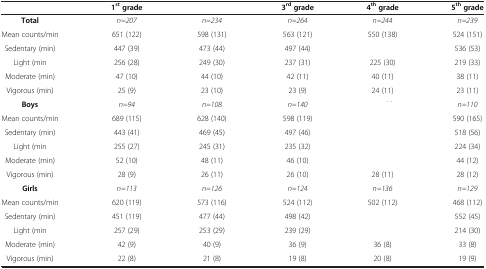
<table><thead><tr><td>[EMPTY_CELL]</td><td><b>1<sup>st</sup>grade</b></td><td>[EMPTY_CELL]</td><td><b>3<sup>rd</sup>grade</b></td><td><b>4<sup>th</sup>grade</b></td><td><b>5<sup>th</sup>grade</b></td></tr></thead><tbody><tr><td><b>Total</b></td><td><i>n=207</i></td><td><i>n=234</i></td><td><i>n=264</i></td><td><i>n=244</i></td><td><i>n=239</i></td></tr><tr><td>Mean counts/min</td><td>651 (122)</td><td>598 (131)</td><td>563 (121)</td><td>550 (138)</td><td>524 (151)</td></tr><tr><td>Sedentary (min)</td><td>447 (39)</td><td>473 (44)</td><td>497 (44)</td><td>[EMPTY_CELL]</td><td>536 (53)</td></tr><tr><td>Light (min</td><td>256 (28)</td><td>249 (30)</td><td>237 (31)</td><td>225 (30)</td><td>219 (33)</td></tr><tr><td>Moderate (min)</td><td>47 (10)</td><td>44 (10)</td><td>42 (11)</td><td>40 (11)</td><td>38 (11)</td></tr><tr><td>Vigorous (min)</td><td>25 (9)</td><td>23 (10)</td><td>23 (9)</td><td>24 (11)</td><td>23 (11)</td></tr><tr><td><b>Boys</b></td><td><i>n=94</i></td><td><i>n=108</i></td><td><i>n=140</i></td><td>[EMPTY_CELL]</td><td><i>n=110</i></td></tr><tr><td>Mean counts/min</td><td>689 (115)</td><td>628 (140)</td><td>598 (119)</td><td>[EMPTY_CELL]</td><td>590 (165)</td></tr><tr><td>Sedentary (min)</td><td>443 (41)</td><td>469 (45)</td><td>497 (46)</td><td>[EMPTY_CELL]</td><td>518 (56)</td></tr><tr><td>Light (min</td><td>255 (27)</td><td>245 (31)</td><td>235 (32)</td><td>[EMPTY_CELL]</td><td>224 (34)</td></tr><tr><td>Moderate (min)</td><td>52 (10)</td><td>48 (11)</td><td>46 (10)</td><td>[EMPTY_CELL]</td><td>44 (12)</td></tr><tr><td>Vigorous (min)</td><td>28 (9)</td><td>26 (11)</td><td>26 (10)</td><td>28 (11)</td><td>28 (12)</td></tr><tr><td><b>Girls</b></td><td><i>n=113</i></td><td><i>n=126</i></td><td><i>n=124</i></td><td><i>n=136</i></td><td><i>n=129</i></td></tr><tr><td>Mean counts/min</td><td>620 (119)</td><td>573 (116)</td><td>524 (112)</td><td>502 (112)</td><td>468 (112)</td></tr><tr><td>Sedentary (min)</td><td>451 (119)</td><td>477 (44)</td><td>498 (42)</td><td>[EMPTY_CELL]</td><td>552 (45)</td></tr><tr><td>Light (min</td><td>257 (29)</td><td>253 (29)</td><td>239 (29)</td><td>[EMPTY_CELL]</td><td>214 (30)</td></tr><tr><td>Moderate (min)</td><td>42 (9)</td><td>40 (9)</td><td>36 (9)</td><td>36 (8)</td><td>33 (8)</td></tr><tr><td>Vigorous (min)</td><td>22 (8)</td><td>21 (8)</td><td>19 (8)</td><td>20 (8)</td><td>19 (9)</td></tr></tbody></table>